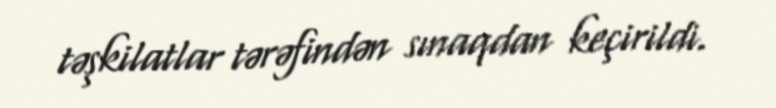
təşkilatlar tərəfindən sınaqdan keçirildi.